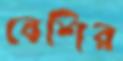
বেশির